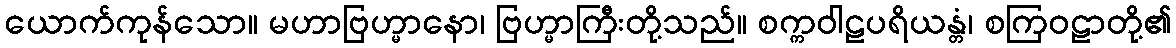
ယောက်ကုန်သော။ မဟာဗြဟ္မာနော၊ ဗြဟ္မာကြီးတို့သည်။ စက္ကဝါဠပရိယန္တံ၊ စကြဝဠာတို့၏